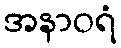
အနာဝရံ